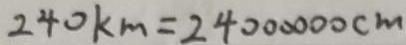
2 4 0 k m = 2 4 0 0 0 0 0 0 c m